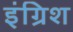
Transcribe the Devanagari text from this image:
इंग्रिश